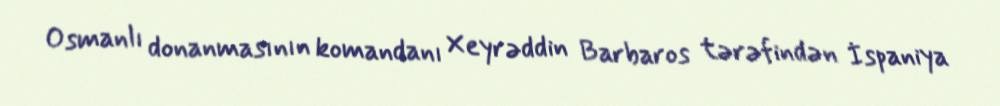
Osmanlı donanmasının komandanı Xeyrəddin Barbaros tərəfindən İspaniya